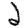
Digit: 2